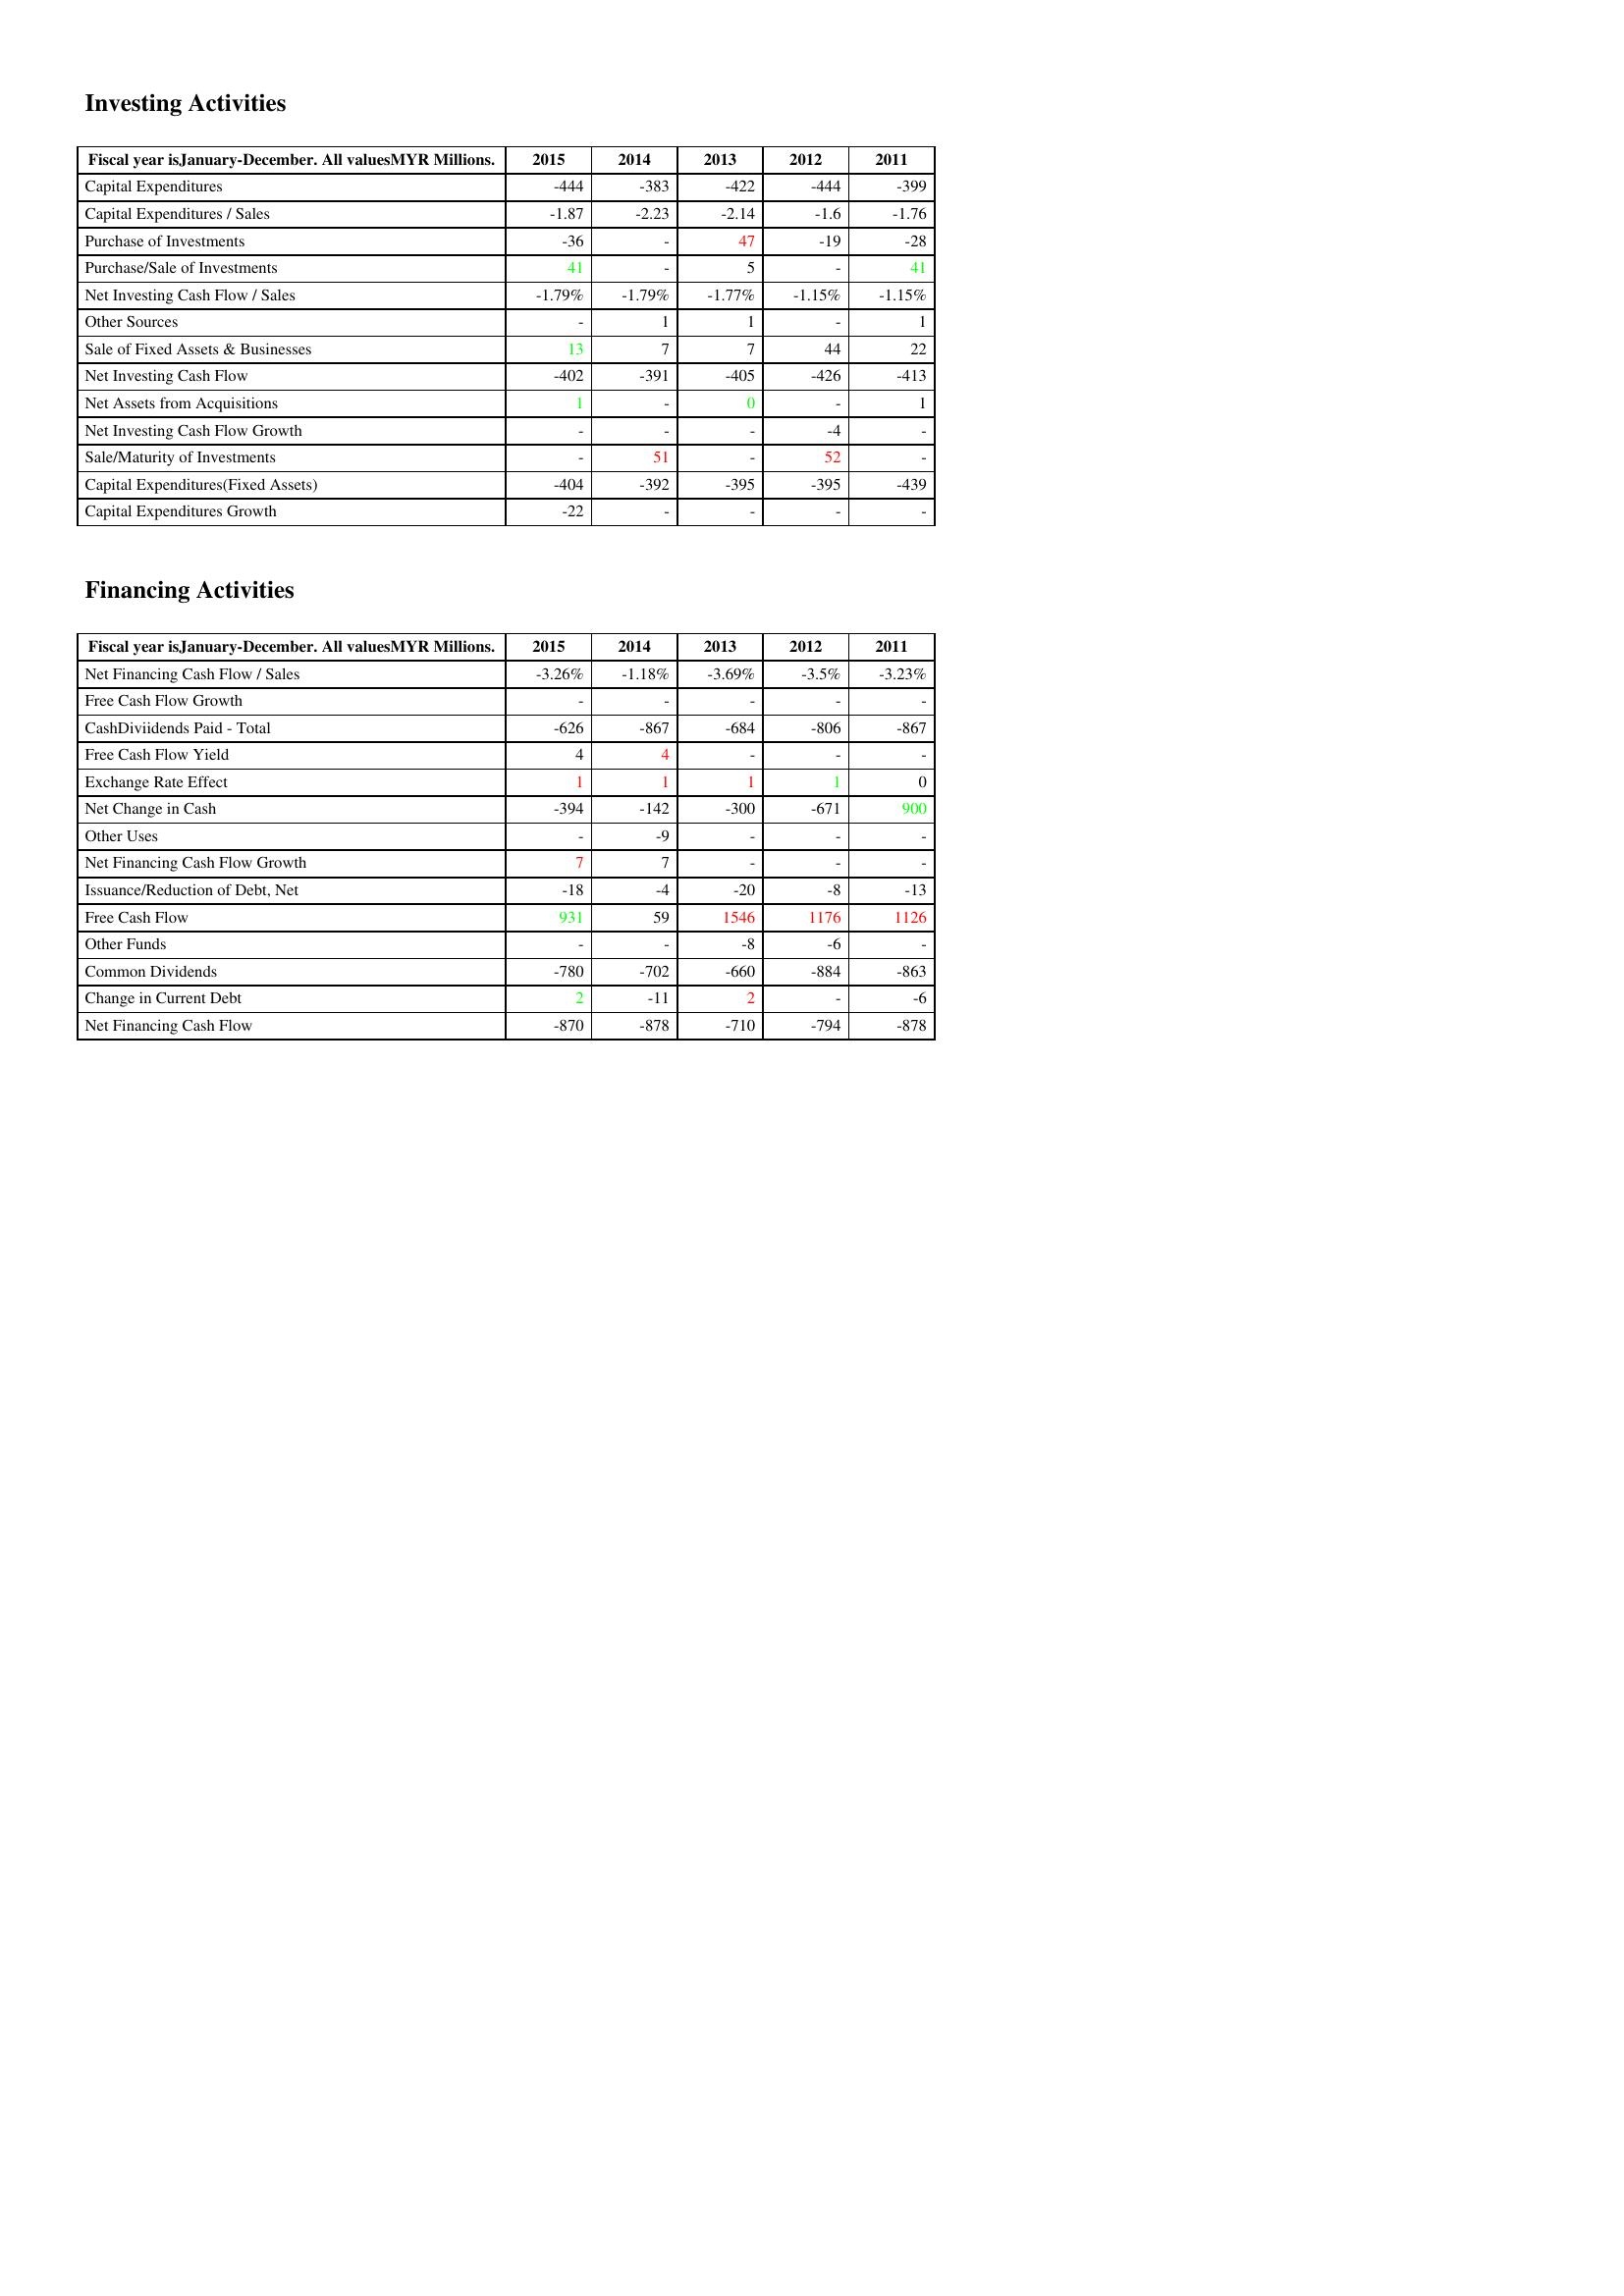
gt_parse: 2015: Investing Activities: Capital Expenditures: -444
Capital Expenditures / Sales: -1.87
Purchase of Investments: -36
Purchase/Sale of Investments: 41
Net Investing Cash Flow / Sales: -1.79%
Other Sources: -
Sale of Fixed Assets & Businesses: 13
Net Investing Cash Flow: -402
Net Assets from Acquisitions: 1
Net Investing Cash Flow Growth: -
Sale/Maturity of Investments: -
Capital Expenditures(Fixed Assets): -404
Capital Expenditures Growth: -22
Financing Activities: Net Financing Cash Flow / Sales: -3.26%
Free Cash Flow Growth: -
CashDiviidends Paid - Total: -626
Free Cash Flow Yield: 4
Exchange Rate Effect: 1
Net Change in Cash: -394
Other Uses: -
Net Financing Cash Flow Growth: 7
Issuance/Reduction of Debt, Net: -18
Free Cash Flow: 931
Other Funds: -
Common Dividends: -780
Change in Current Debt: 2
Net Financing Cash Flow: -870
2014: Investing Activities: Capital Expenditures: -383
Capital Expenditures / Sales: -2.23
Purchase of Investments: -
Purchase/Sale of Investments: -
Net Investing Cash Flow / Sales: -1.79%
Other Sources: 1
Sale of Fixed Assets & Businesses: 7
Net Investing Cash Flow: -391
Net Assets from Acquisitions: -
Net Investing Cash Flow Growth: -
Sale/Maturity of Investments: 51
Capital Expenditures(Fixed Assets): -392
Capital Expenditures Growth: -
Financing Activities: Net Financing Cash Flow / Sales: -1.18%
Free Cash Flow Growth: -
CashDiviidends Paid - Total: -867
Free Cash Flow Yield: 4
Exchange Rate Effect: 1
Net Change in Cash: -142
Other Uses: -9
Net Financing Cash Flow Growth: 7
Issuance/Reduction of Debt, Net: -4
Free Cash Flow: 59
Other Funds: -
Common Dividends: -702
Change in Current Debt: -11
Net Financing Cash Flow: -878
2013: Investing Activities: Capital Expenditures: -422
Capital Expenditures / Sales: -2.14
Purchase of Investments: 47
Purchase/Sale of Investments: 5
Net Investing Cash Flow / Sales: -1.77%
Other Sources: 1
Sale of Fixed Assets & Businesses: 7
Net Investing Cash Flow: -405
Net Assets from Acquisitions: 0
Net Investing Cash Flow Growth: -
Sale/Maturity of Investments: -
Capital Expenditures(Fixed Assets): -395
Capital Expenditures Growth: -
Financing Activities: Net Financing Cash Flow / Sales: -3.69%
Free Cash Flow Growth: -
CashDiviidends Paid - Total: -684
Free Cash Flow Yield: -
Exchange Rate Effect: 1
Net Change in Cash: -300
Other Uses: -
Net Financing Cash Flow Growth: -
Issuance/Reduction of Debt, Net: -20
Free Cash Flow: 1546
Other Funds: -8
Common Dividends: -660
Change in Current Debt: 2
Net Financing Cash Flow: -710
2012: Investing Activities: Capital Expenditures: -444
Capital Expenditures / Sales: -1.6
Purchase of Investments: -19
Purchase/Sale of Investments: -
Net Investing Cash Flow / Sales: -1.15%
Other Sources: -
Sale of Fixed Assets & Businesses: 44
Net Investing Cash Flow: -426
Net Assets from Acquisitions: -
Net Investing Cash Flow Growth: -4
Sale/Maturity of Investments: 52
Capital Expenditures(Fixed Assets): -395
Capital Expenditures Growth: -
Financing Activities: Net Financing Cash Flow / Sales: -3.5%
Free Cash Flow Growth: -
CashDiviidends Paid - Total: -806
Free Cash Flow Yield: -
Exchange Rate Effect: 1
Net Change in Cash: -671
Other Uses: -
Net Financing Cash Flow Growth: -
Issuance/Reduction of Debt, Net: -8
Free Cash Flow: 1176
Other Funds: -6
Common Dividends: -884
Change in Current Debt: -
Net Financing Cash Flow: -794
2011: Investing Activities: Capital Expenditures: -399
Capital Expenditures / Sales: -1.76
Purchase of Investments: -28
Purchase/Sale of Investments: 41
Net Investing Cash Flow / Sales: -1.15%
Other Sources: 1
Sale of Fixed Assets & Businesses: 22
Net Investing Cash Flow: -413
Net Assets from Acquisitions: 1
Net Investing Cash Flow Growth: -
Sale/Maturity of Investments: -
Capital Expenditures(Fixed Assets): -439
Capital Expenditures Growth: -
Financing Activities: Net Financing Cash Flow / Sales: -3.23%
Free Cash Flow Growth: -
CashDiviidends Paid - Total: -867
Free Cash Flow Yield: -
Exchange Rate Effect: 0
Net Change in Cash: 900
Other Uses: -
Net Financing Cash Flow Growth: -
Issuance/Reduction of Debt, Net: -13
Free Cash Flow: 1126
Other Funds: -
Common Dividends: -863
Change in Current Debt: -6
Net Financing Cash Flow: -878